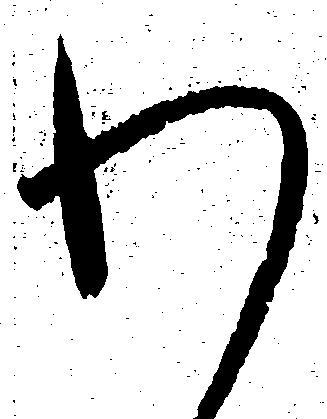
わ